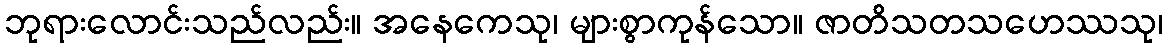
ဘုရားလောင်းသည်လည်း။ အနေကေသု၊ များစွာကုန်သော။ ဇာတိသတသဟေဿသု၊